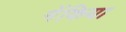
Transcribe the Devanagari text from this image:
मेंकिया